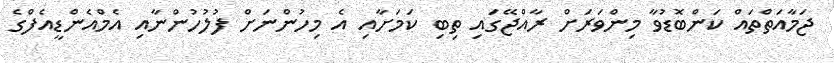
ޖަމާއަތްތައް ކަންބޮޑުވާ މިންވަރަށް ރާއްޖޭގައި ތިބި ކަމަށާއި އެ މިހުންނަށް ފުލުހުންނާއި އެމްއެންޑީއެފްގެ